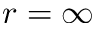
r = \infty